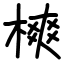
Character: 樉